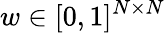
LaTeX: w\in[0,1]^{N\times N}